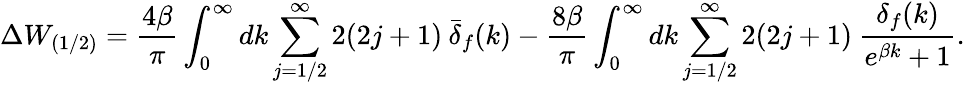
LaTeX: \Delta W_{(1/2)}=\frac{4\beta}{\pi}\int_{0}^{\infty}dk\sum_{j=1/2}^{\infty}2(2j+1)\: \bar{\delta}_{f}(k)-\frac{8\beta}{\pi}\int_{0}^{\infty}dk\sum_{j=1/2}^{\infty}2(2j+1)\: \frac{\delta_{f}(k)}{e^{\beta k}+1}.